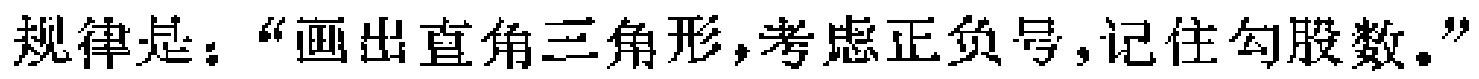
规律是：“画出直角三角形,考虑正负号,记住勾股数。”